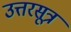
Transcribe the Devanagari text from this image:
उत्तरसूत्र